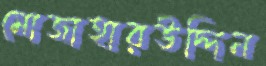
মোজাহারউদ্দিন